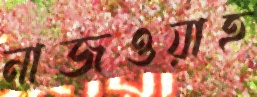
নাজওয়াহ